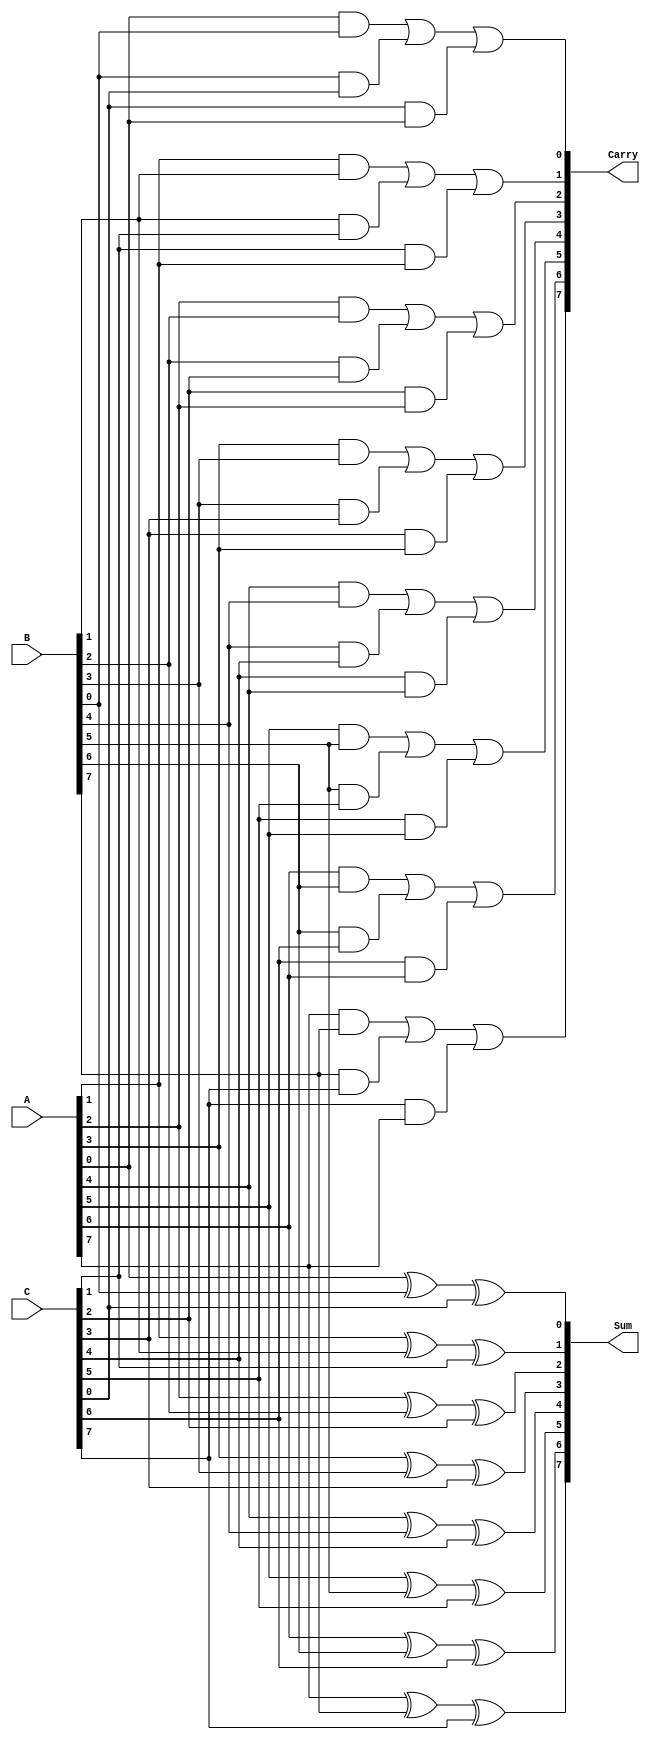
module parallel_carry_save_adder #(
    parameter n = 8 // Define the bit-width of the inputs
) (
    input [n-1:0] A, // First input operand
    input [n-1:0] B, // Second input operand
    input [n-1:0] C, // Third input operand
    output [n-1:0] Sum, // Sum output
    output [n-1:0] Carry // Carry output
);
    // Intermediate wires for carry computation
    wire [n-1:0] carry_ab;
    wire [n-1:0] carry_bc;
    wire [n-1:0] carry_ca;

    // Generate sum and carry for each bit position
    genvar i;
    generate
        for (i = 0; i < n; i = i + 1) begin: CSA_logic
            // Sum calculation using XOR
            assign Sum[i] = A[i] ^ B[i] ^ C[i];

            // Carry calculation using AND and OR
            assign carry_ab[i] = A[i] & B[i]; // Carry from A and B
            assign carry_bc[i] = B[i] & C[i]; // Carry from B and C
            assign carry_ca[i] = C[i] & A[i]; // Carry from C and A
            
            // Final carry computation for this bit position
            assign Carry[i] = carry_ab[i] | carry_bc[i] | carry_ca[i];
        end
    endgenerate

endmodule